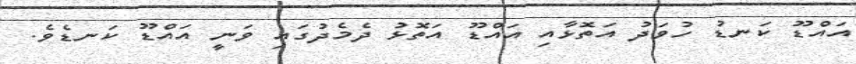
އައްޑޫ ކަނޑު ހުވަދު އަތޮޅާއި އައްޑޫ އަތޮޅު ދެމެދުގައި ވަނީ އައްޑޫ ކަނޑެވެ.